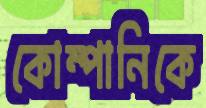
কোম্পানিকে